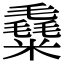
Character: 𥼛